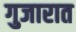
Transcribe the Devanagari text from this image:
गुजारात